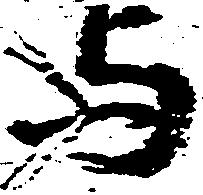
与